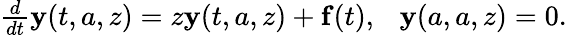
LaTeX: \begin{array}{r}{\frac{d}{dt}{\mathbf y}(t,a,z)=z{\mathbf y}(t,a,z)+{\mathbf f}(t),\ \ \ {\mathbf y}(a,a,z)=0.}\end{array}